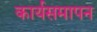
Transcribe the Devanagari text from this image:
कार्यसमापन